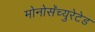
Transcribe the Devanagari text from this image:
मोनोसॅच्युरेटेड